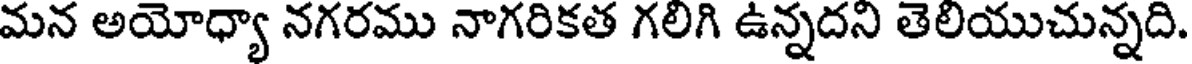
మన అయోధ్యా నగరము నాగరికత గలిగి ఉన్నదని తెలియుచున్నది